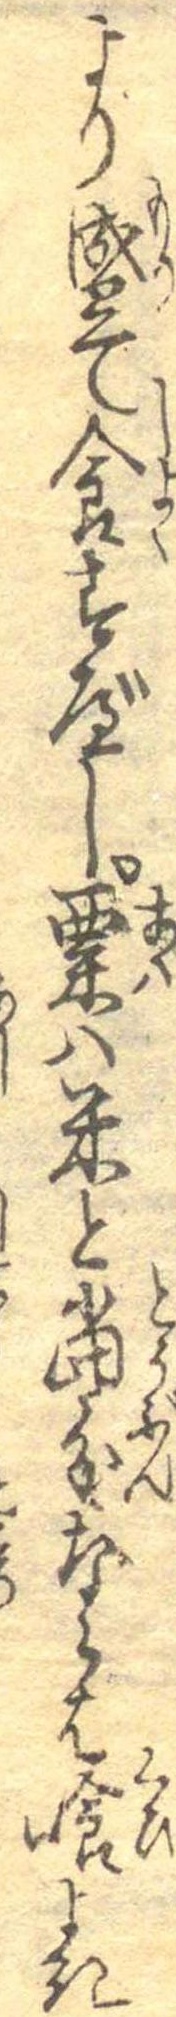
より盛て食すべし粟は米と当分ならは喰よき